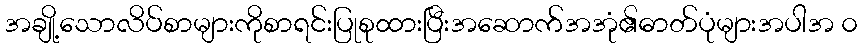
အချို့သောလိပ်စာများကိုစာရင်းပြုစုထားပြီးအဆောက်အအုံ၏ဓာတ်ပုံများအပါအ ၀